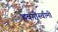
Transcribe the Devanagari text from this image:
हवगीस्वामी